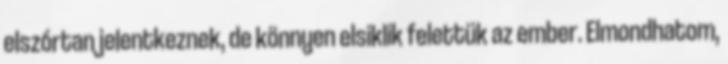
elszórtan jelentkeznek, de könnyen elsiklik felettük az ember. Elmondhatom,